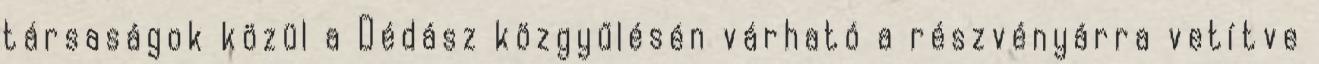
társaságok közül a Dédász közgyűlésén várható a részvényárra vetítve